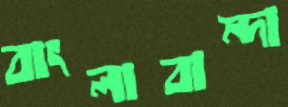
বাংলাবান্দা